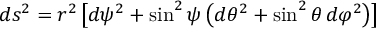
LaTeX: d s ^ { 2 } = r ^ { 2 } \left[ d \psi ^ { 2 } + \sin ^ { 2 } \psi \left( d \theta ^ { 2 } + \sin ^ { 2 } \theta \, d \varphi ^ { 2 } \right) \right]